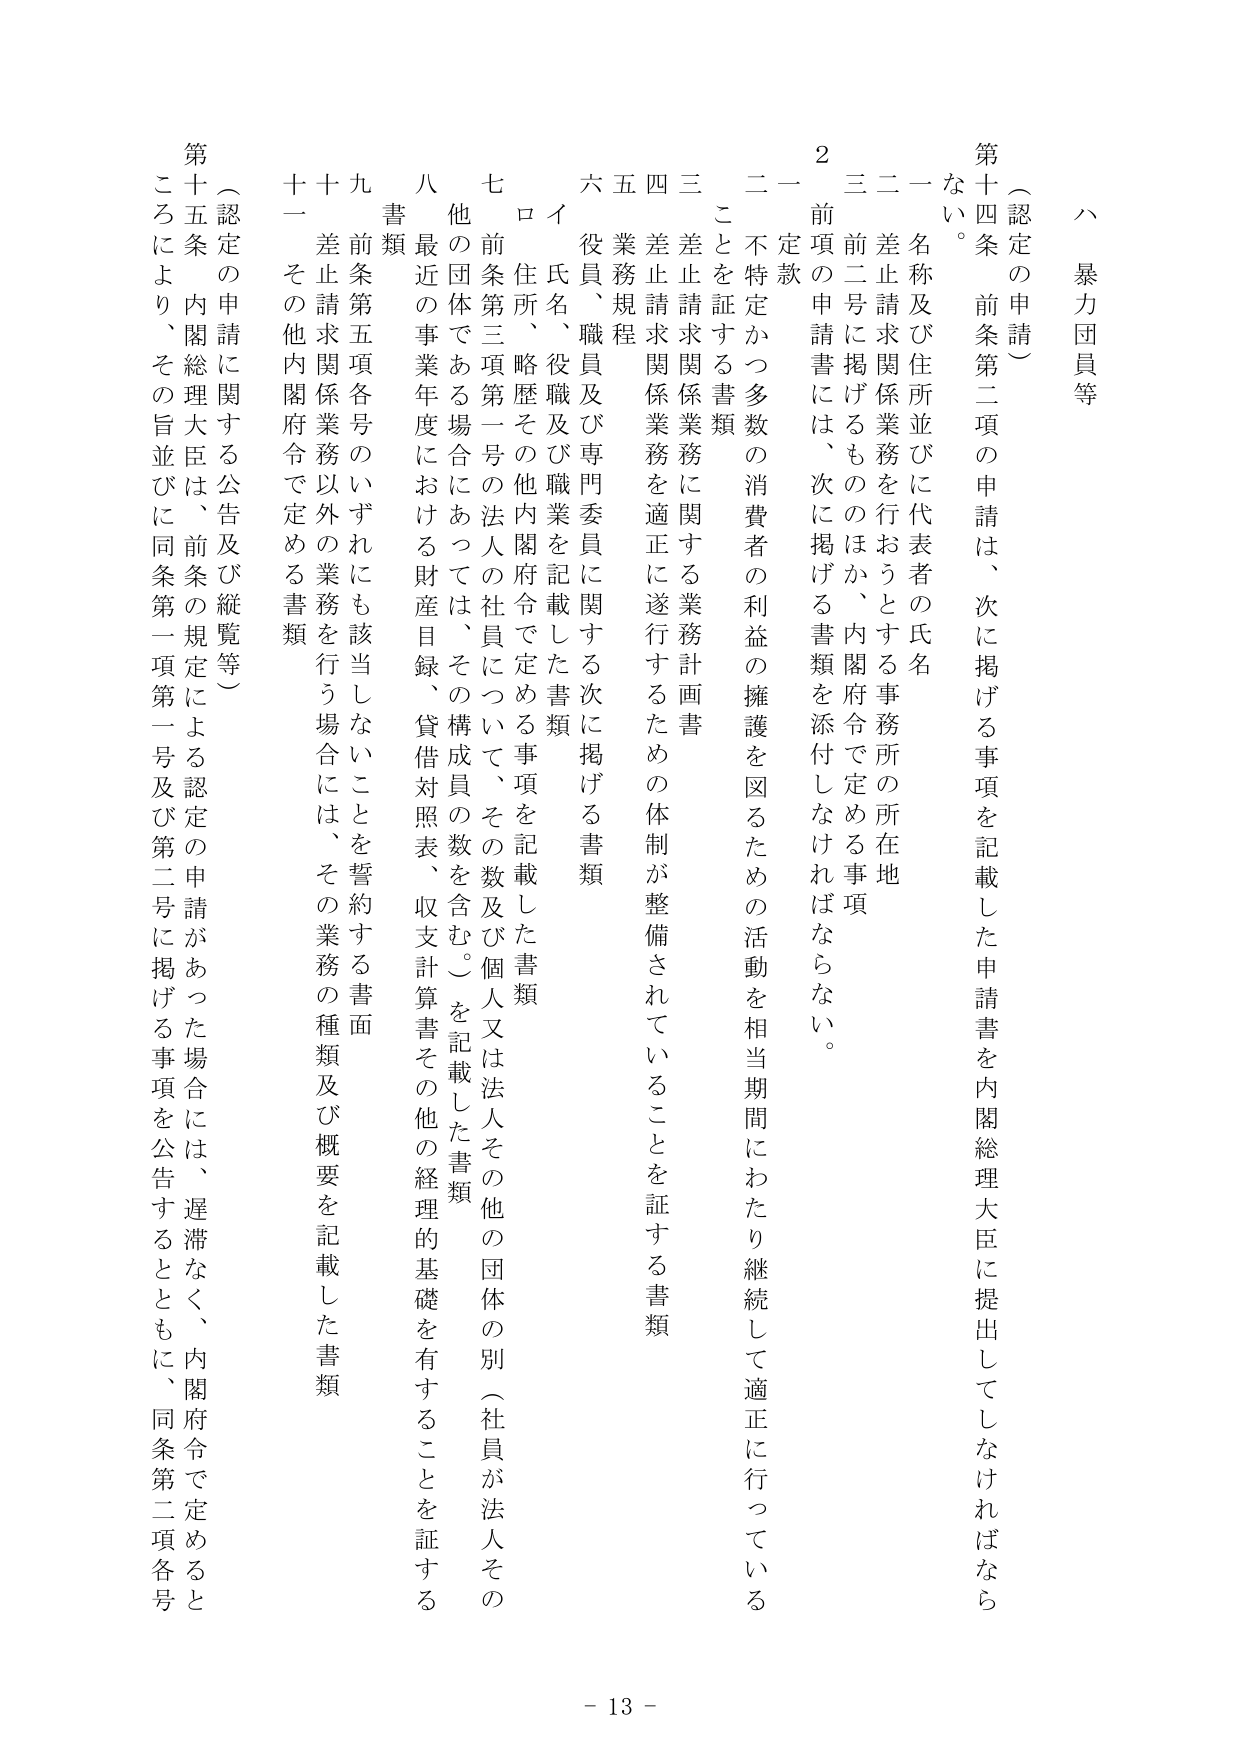
ハ 暴力団員等

（認定の申請）

第十四条 前条第二項の申請は、次に掲げる事項を記載した申請書を内閣総理大臣に提出してしなければならない。

一 名称及び住所並びに代表者の氏名

二 差止請求関係業務を行おうとする事務所の所在地

三 前二号に掲げるもののほか、内閣府令で定める事項

２ 前項の申請書には、次に掲げる書類を添付しなければならない。

一 定款かつ多数の消費者の利益の擁護を図るための活動を相当期間にわたり継続して適正に行っていることを証する書類

二 差止請求関係業務に関する業務計画書

三 差止請求関係業務を適正に遂行するための体制が整備されていることを証する書類

四 業務規程

五 役員、職員及び専門委員に関する次に掲げる書類

イ 氏名、役職及び職業を記載した書類

ロ 住所、略歴その他内閣府令で定める事項を記載した書類

六 前条第三項第一号の法人の社員について、その数及び個人又は法人その他の団体の別（社員が法人その他の団体である場合にあっては、その構成員の数を含む。）を記載した書類

七 最近の事業年度における財産目録、貸借対照表、収支計算書その他の経理的基礎を有することを証する書類

八 前条第五項各号のいずれにも該当しないことを誓約する書面

九 差止請求関係業務以外の業務を行う場合には、その業務の種類及び概要を記載した書類

十 その他内閣府令で定める書類

（認定の申請に関する公告及び縦覧等）

第十五条 内閣総理大臣は、前条の規定による認定の申請があった場合には、遅滞なく、内閣府令で定めるところにより、その旨並びに同条第一項第一号及び第二号に掲げる事項を公告するとともに、同条第二項各号

- 13 -